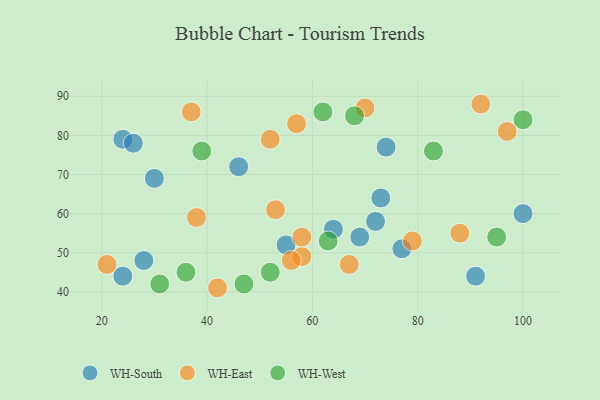
{"axis": {"x": "GDP", "y": "Life Expectancy"}, "legend": ["WH-East", "WH-South", "WH-West"], "data": [{"x": "100", "y": 60, "type": "WH-South"}, {"x": "24", "y": 44, "type": "WH-South"}, {"x": "24", "y": 79, "type": "WH-South"}, {"x": "91", "y": 44, "type": "WH-South"}, {"x": "55", "y": 52, "type": "WH-South"}, {"x": "46", "y": 72, "type": "WH-South"}, {"x": "77", "y": 51, "type": "WH-South"}, {"x": "73", "y": 64, "type": "WH-South"}, {"x": "28", "y": 48, "type": "WH-South"}, {"x": "74", "y": 77, "type": "WH-South"}, {"x": "26", "y": 78, "type": "WH-South"}, {"x": "64", "y": 56, "type": "WH-South"}, {"x": "72", "y": 58, "type": "WH-South"}, {"x": "69", "y": 54, "type": "WH-South"}, {"x": "30", "y": 69, "type": "WH-South"}, {"x": "97", "y": 81, "type": "WH-East"}, {"x": "58", "y": 49, "type": "WH-East"}, {"x": "21", "y": 47, "type": "WH-East"}, {"x": "57", "y": 83, "type": "WH-East"}, {"x": "79", "y": 53, "type": "WH-East"}, {"x": "38", "y": 59, "type": "WH-East"}, {"x": "53", "y": 61, "type": "WH-East"}, {"x": "88", "y": 55, "type": "WH-East"}, {"x": "58", "y": 54, "type": "WH-East"}, {"x": "42", "y": 41, "type": "WH-East"}, {"x": "52", "y": 79, "type": "WH-East"}, {"x": "56", "y": 48, "type": "WH-East"}, {"x": "67", "y": 47, "type": "WH-East"}, {"x": "92", "y": 88, "type": "WH-East"}, {"x": "37", "y": 86, "type": "WH-East"}, {"x": "70", "y": 87, "type": "WH-East"}, {"x": "36", "y": 45, "type": "WH-West"}, {"x": "62", "y": 86, "type": "WH-West"}, {"x": "31", "y": 42, "type": "WH-West"}, {"x": "47", "y": 42, "type": "WH-West"}, {"x": "68", "y": 85, "type": "WH-West"}, {"x": "95", "y": 54, "type": "WH-West"}, {"x": "52", "y": 45, "type": "WH-West"}, {"x": "39", "y": 76, "type": "WH-West"}, {"x": "100", "y": 84, "type": "WH-West"}, {"x": "83", "y": 76, "type": "WH-West"}, {"x": "63", "y": 53, "type": "WH-West"}]}